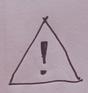
Signature authenticity: forged